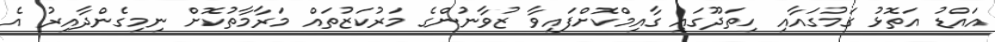
އައްޑު އަތޮޅު ގަމުގައާއި ހިތަދޫގައި ގާއިމްކޮށްފައިވާ ޒުވާނުންގެ މަރުކަޒުތައް މަރާމާތުކޮށް ނިމިގެންދާއިރު އެ